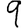
Digit: 9